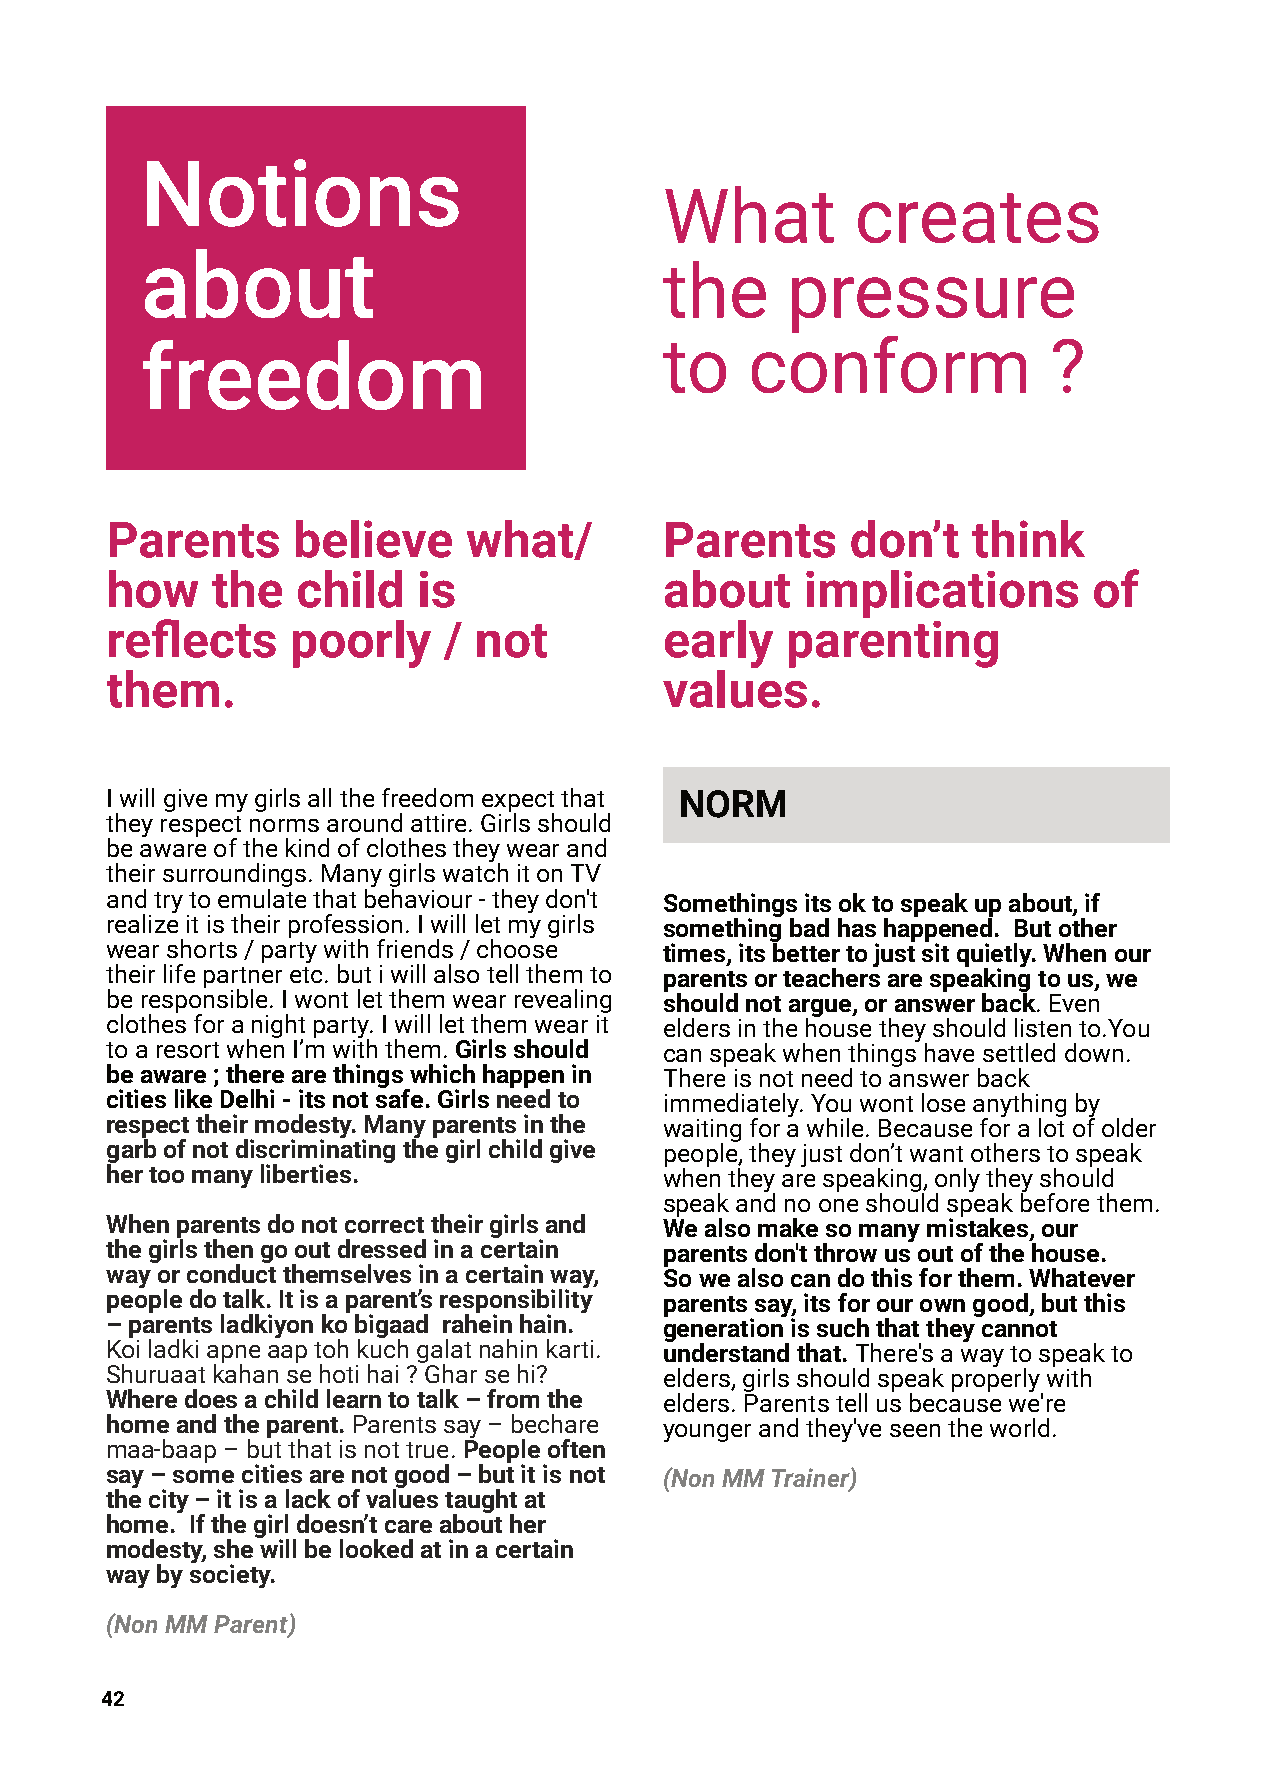
Notions
 What         creates
 about
 the     pressure
 freedom                            to    conform             ?
 Parents     believe     what/        Parents     don’t   think
 how    the   child   is              about    implications       of
 reflects    poorly    / not          early   parenting
 them.                                values.
 Iwillgivemygirlsallthefreedomexpectthat NORM
 theyrespectnormsaroundattire.Girlsshould
 beawareofthekindofclothestheywearand
 theirsurroundings.ManygirlswatchitonTV
 andtrytoemulatethatbehaviour-theydon't Somethingsitsoktospeakupabout,if
 realizeitistheirprofession.Iwillletmygirls somethingbadhashappened. Butother
 wearshorts/partywithfriends/choose   times,itsbettertojustsitquietly.Whenour
 theirlifepartneretc.butiwillalsotellthemto parentsorteachersarespeakingtous,we
 beresponsible.Iwontletthemwearrevealing shouldnotargue,oranswerback.Even
 clothesforanightparty.Iwillletthemwearit eldersinthehousetheyshouldlistento.You
 toaresortwhenI’mwiththem.Girlsshould canspeakwhenthingshavesettleddown.
 beaware;therearethingswhichhappenin  Thereisnotneedtoanswerback
 citieslikeDelhi-itsnotsafe.Girlsneedto immediately.Youwontloseanythingby
 respecttheirmodesty.Manyparentsinthe waitingforawhile.Becauseforalotofolder
 garbofnotdiscriminatingthegirlchildgive people,theyjustdon’twantotherstospeak
 hertoomanyliberties.                 whentheyarespeaking,onlytheyshould
 speakandnooneshouldspeakbeforethem.
 Whenparentsdonotcorrecttheirgirlsand Wealsomakesomanymistakes,our
 thegirlsthengooutdressedinacertain   parentsdon'tthrowusoutofthehouse.
 wayorconductthemselvesinacertainway, Sowealsocandothisforthem.Whatever
 peopledotalk.Itisaparent’sresponsibility parentssay,itsforourowngood,butthis
 –parentsladkiyonkobigaad raheinhain. generationissuchthattheycannot
 Koiladkiapneaaptohkuchgalatnahinkarti. understandthat.There'sawaytospeakto
 Shuruaatkahansehotihai?Gharsehi?     elders,girlsshouldspeakproperlywith
 Wheredoesachildlearntotalk–fromthe   elders.Parentstellusbecausewe're
 homeandtheparent.Parentssay–bechare  youngerandthey'veseentheworld.
 maa-baap–butthatisnottrue.Peopleoften
 say–somecitiesarenotgood–butitisnot  (NonMMTrainer)
 thecity–itisalackofvaluestaughtat
 home. Ifthegirldoesn’tcareabouther
 modesty,shewillbelookedatinacertain
 waybysociety.
 (NonMMParent)
 42